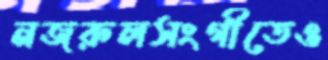
নজরুলসংগীতেও